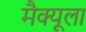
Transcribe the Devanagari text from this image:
मैक्‍यूला